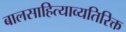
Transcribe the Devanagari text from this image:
बालसाहित्याव्यतिरिक्त